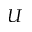
U